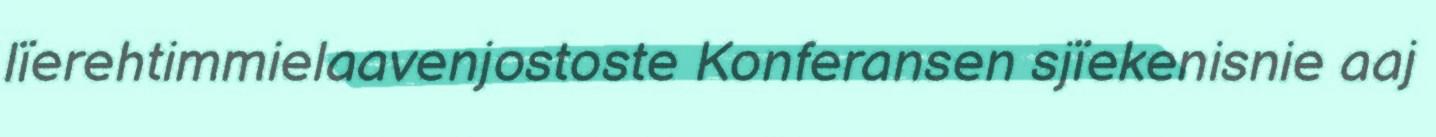
lïerehtimmielaavenjostoste Konferansen sjïekenisnie aaj